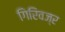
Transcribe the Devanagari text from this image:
गिरिवज्र